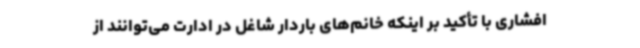
افشاری با تأکید بر اینکه خانم‌های باردار شاغل در ادارت می‌توانند از